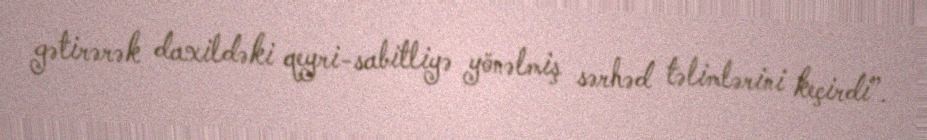
gətirərək daxildəki qeyri-sabitliyə yönəlmiş sərhəd təlimlərini keçirdi”.